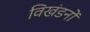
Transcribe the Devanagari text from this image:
विखंडनों